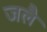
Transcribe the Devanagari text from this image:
जलै